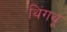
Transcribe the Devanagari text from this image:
थिंगथू